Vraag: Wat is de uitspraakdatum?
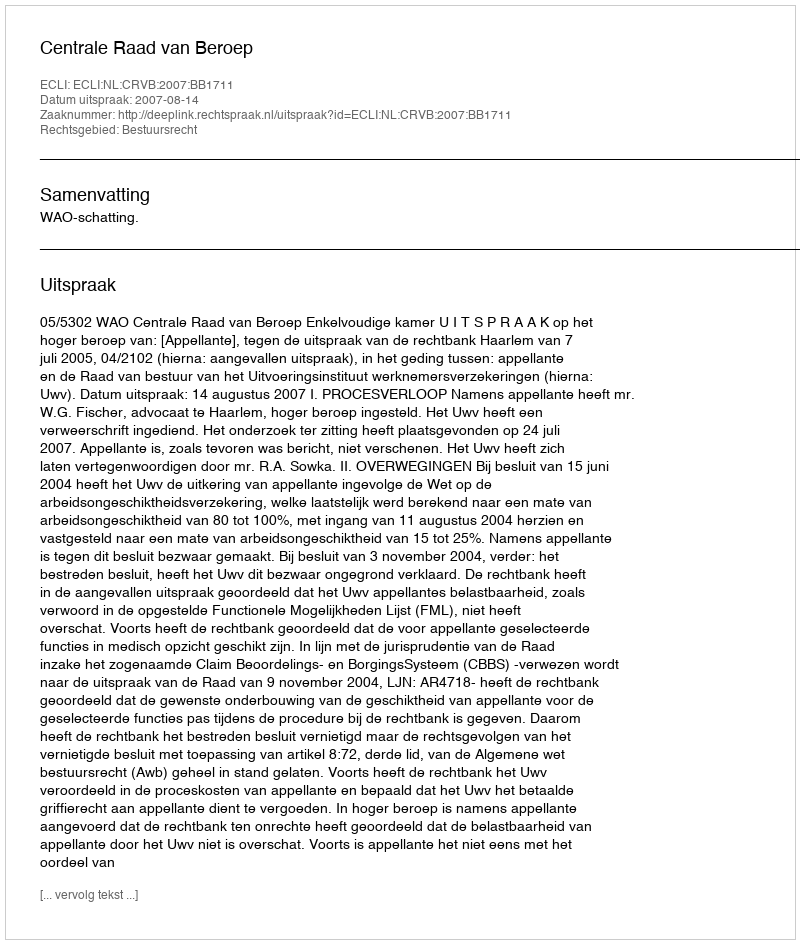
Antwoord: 2007-08-14